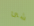
شئ